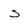
Character: s